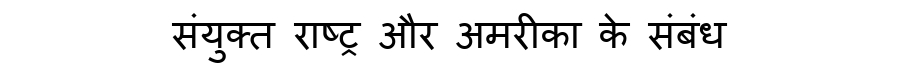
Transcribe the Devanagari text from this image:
संयुक्त राष्ट्र और अमरीका के संबंध